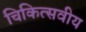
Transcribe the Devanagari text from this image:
चिकित्सवीय